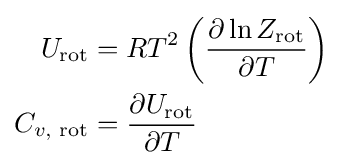
{\begin{aligned}U_{\text{rot}}&=RT^{2}\left({\frac {\partial \ln Z_{\text{rot}}}{\partial T}}\right)\\C_{v,{\text{ rot}}}&={\frac {\partial U_{\text{rot}}}{\partial T}}\end{aligned}}